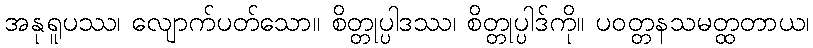
အနုရူပဿ၊ လျောက်ပတ်သော။ စိတ္တုပ္ပါဒဿ၊ စိတ္တုပ္ပါဒ်ကို။ ပဝတ္တနသမတ္ထတာယ၊